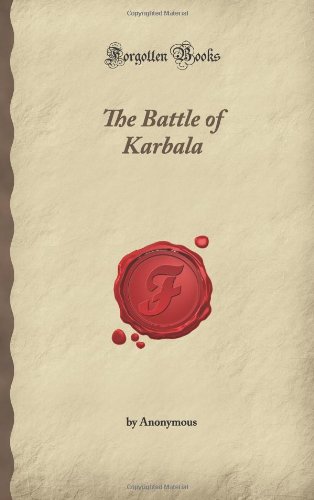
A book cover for The Battle of Karbala (Forgotten Books); Religion & Spirituality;